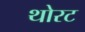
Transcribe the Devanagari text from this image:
थोरट